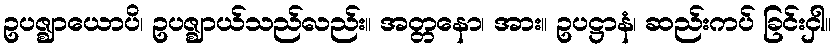
ဥပဇ္ဈာယောပိ၊ ဥပဇ္ဈာယ်သည်လည်း။ အတ္တနော၊ အား။ ဥပဋ္ဌာနံ၊ ဆည်းကပ် ခြင်းငှါ။